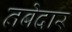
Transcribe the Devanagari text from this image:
तबेदार